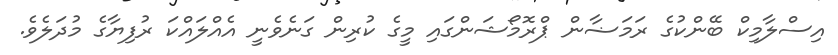
އިސްލާމިކް ބޭންކުގެ ރަމަޟާން ޕްރޮމޯޝަންގައި މީގެ ކުރިން ގަނެވެނީ އެއްލައްކަ ރުފިޔާގެ މުދަލެވެ.